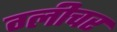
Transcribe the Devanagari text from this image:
ग्लीचर